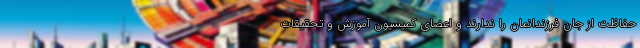
حفاظت از جان فرزندانمان را ندارند و اعضای کمیسیون آموزش و تحقیقات